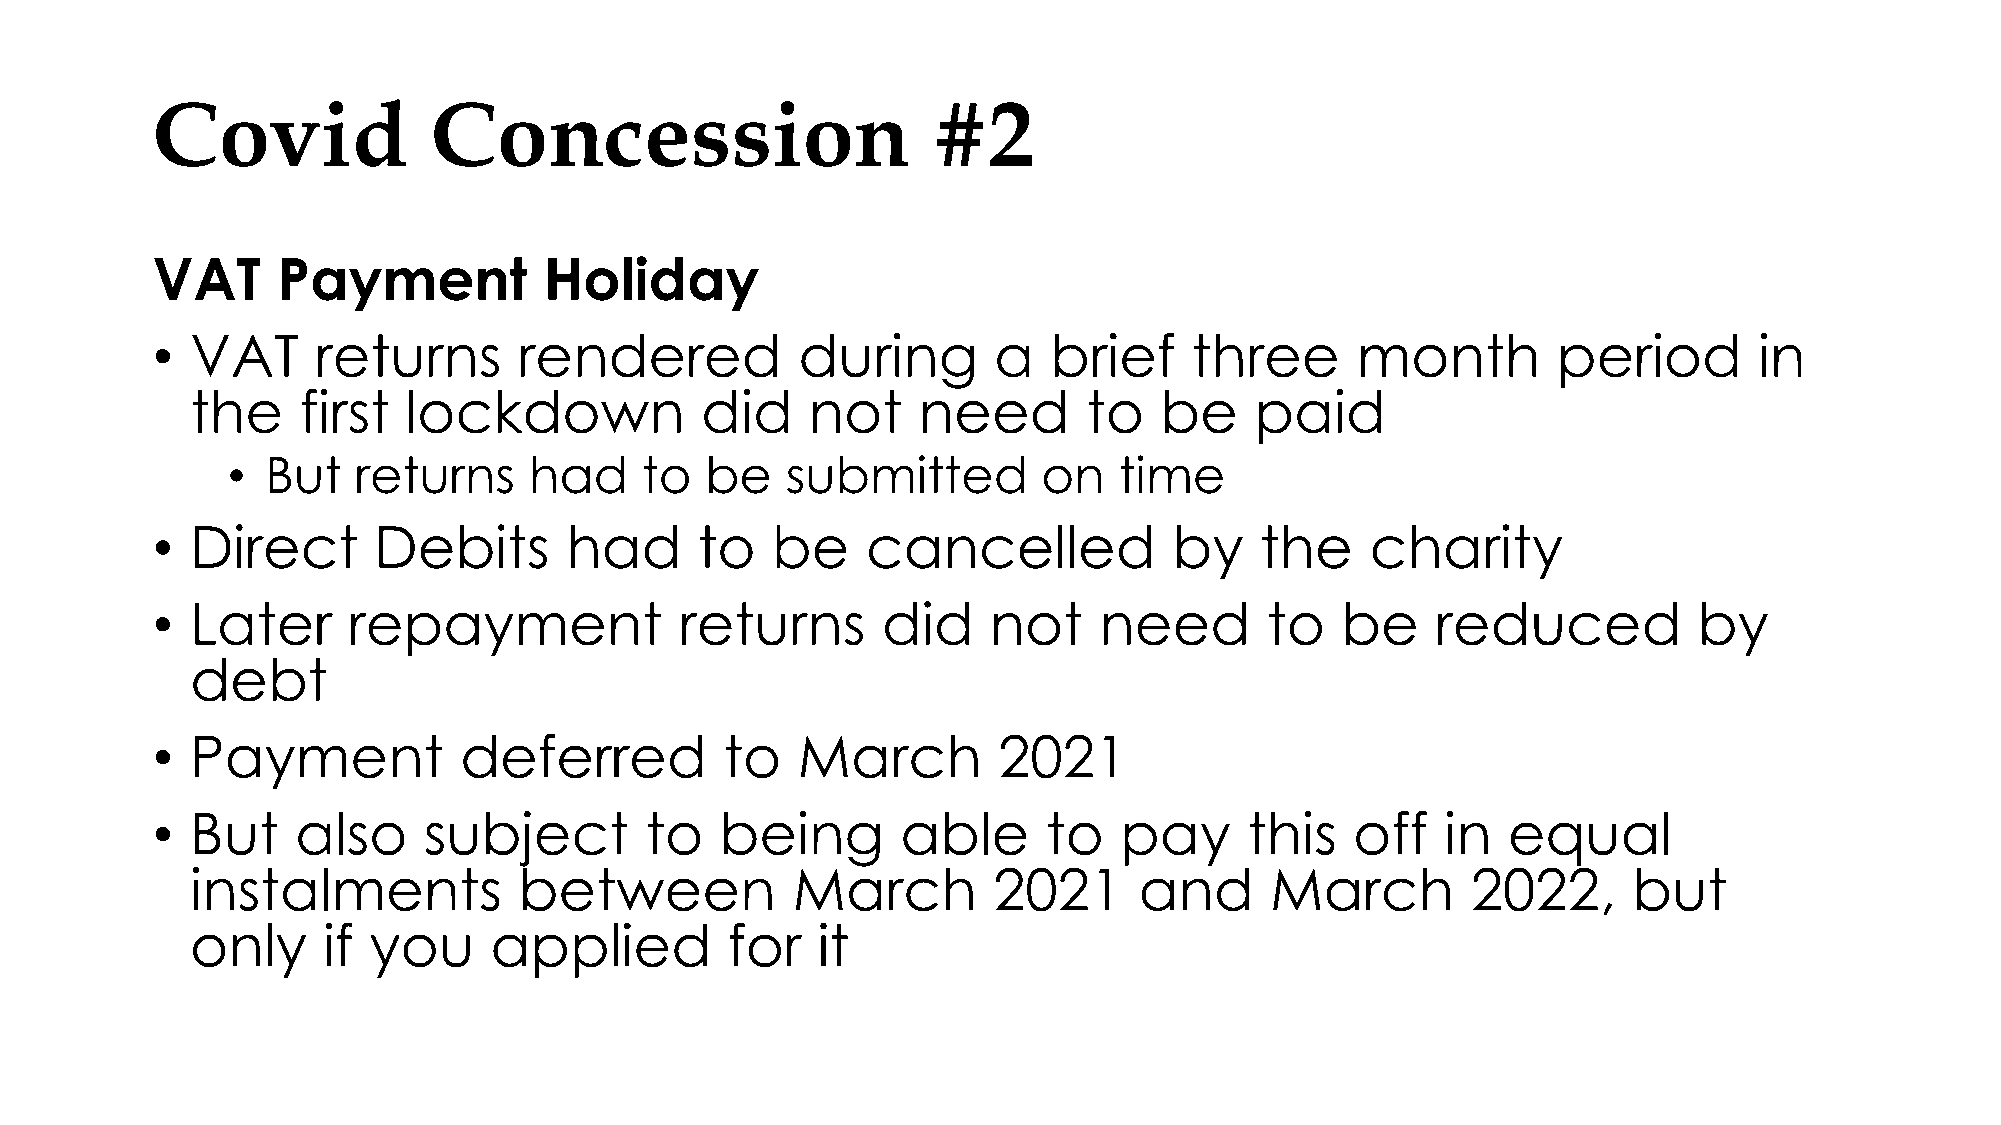
Covid              Concession                       #2
 VAT     Payment           Holiday
 •  VAT     returns      rendered           during       a  brief     three      month        period       in
 the    first  lockdown           did     not    need       to   be    paid
 •  But  returns     had    to   be   submitted        on   time
 •  Direct      Debits      had      to   be    cancelled            by   the     charity
 •  Later     repayment             returns      did    not     need       to   be    reduced          by
 debt
 •  Payment          deferred          to   March        2021
 •  But    also    subject        to   being       able     to   pay      this   off   in  equal
 instalments          between           March         2021     and      March        2022,      but
 only    if you     applied         for   it